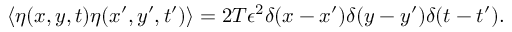
\left\langle \eta ( x , y , t ) \eta ( x ^ { \prime } , y ^ { \prime } , t ^ { \prime } ) \right\rangle = 2 T \epsilon ^ { 2 } \delta ( x - x ^ { \prime } ) \delta ( y - y ^ { \prime } ) \delta ( t - t ^ { \prime } ) .